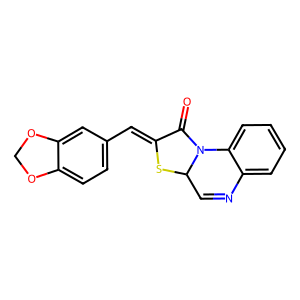
SMILES: O=C1C(=Cc2ccc3c(c2)OCO3)SC2C=Nc3ccccc3N12
Inhibits HIV replication: No